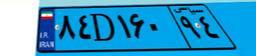
۸۴D۱۶۰۹۴